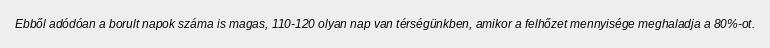
Ebből adódóan a borult napok száma is magas, 110-120 olyan nap van térségünkben, amikor a felhőzet mennyisége meghaladja a 80%-ot.